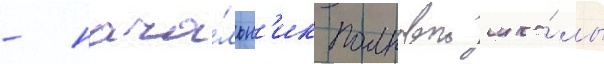
- нача́льн'ик полковои шко́лы